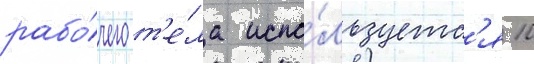
рабо́чего т'е́ла испо́льзуетс'я 10